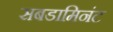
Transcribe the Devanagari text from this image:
सबडामिनंट